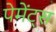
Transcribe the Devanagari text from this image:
पेमेंट्‌स